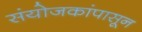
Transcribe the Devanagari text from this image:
संयोजकांपासून